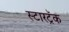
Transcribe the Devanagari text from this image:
स्टारट्रॅक